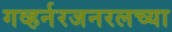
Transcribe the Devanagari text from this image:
गव्हर्नरजनरलच्या